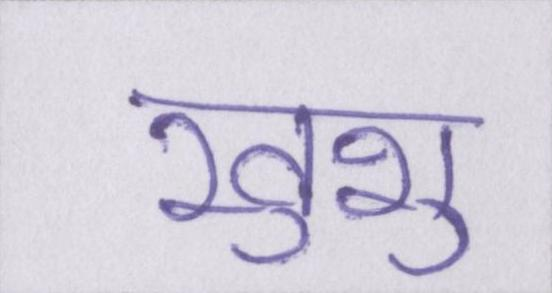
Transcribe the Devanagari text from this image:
खुशु